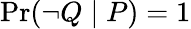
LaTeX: \operatorname*{Pr}(\lnot Q\mid P)=1